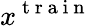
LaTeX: x^{\mathrm{~t~r~a~i~n~}}